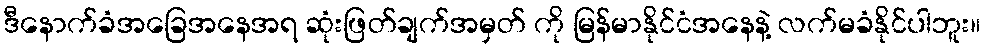
ဒီနောက်ခံအခြေအနေအရ ဆုံးဖြတ်ချက်အမှတ် ကို မြန်မာနိုင်ငံအနေနဲ့ လက်မခံနိုင်ပါဘူး။